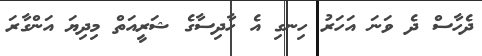
ދެހާސް ދެ ވަނަ އަހަރު ހިނގި އެ ހާދިސާގެ ޝަރީއަތް މިދިޔަ އަންގާރަ